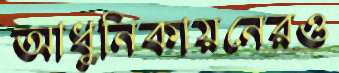
আধুনিকায়নেরও